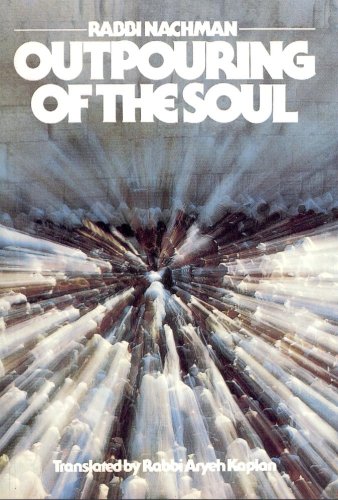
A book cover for Outpouring of the Soul Rabbi Nachman's Path in Meditation; Nachman of Breslov; Religion & Spirituality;